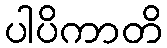
ပါပိကာတိ